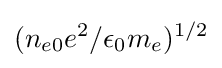
(n_{e0}e^{2}/\epsilon _{0}m_{e})^{1/2}